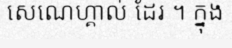
សេណេហ្គាល់ ដែរ ។ ក្នុង